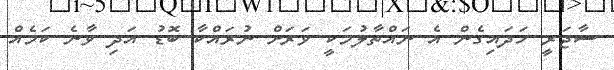
ސާޖަރީ ހަދައިގެން އެ ނައްތާލުމަކީ ވަރަށް ނުރައްކާ ބޮޑު އަދި ވާނެ ކަމެއް